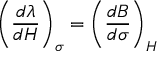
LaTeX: \left( { \frac { d \lambda } { d H } } \right) _ { \sigma } = \left( { \frac { d B } { d \sigma } } \right) _ { H }